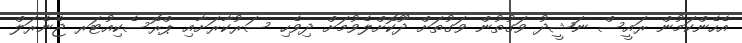
އެހެންކަމުން ރައީސް ނަޝީދު ވަގުތުން ވަގުތަށް ދޫކޮށްލެވުމަށް ދިވެހި ސަރުކާރަށާއި ޕްރޮސެކިއުޓަރ ޖެނެރަލް